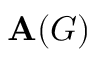
\mathbf { A } ( G )